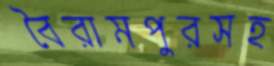
বৈরামপুরসহ